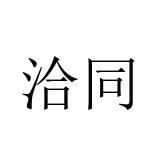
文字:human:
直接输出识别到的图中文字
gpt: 洽同